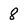
Character: 8